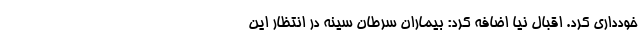
خودداری کرد. اقبال نیا اضافه کرد: بیماران سرطان سینه در انتظار این